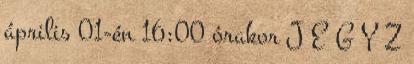
április 01-én 16:00 órakor J E G Y Z